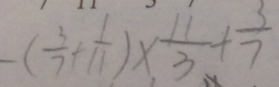
- ( \frac { 3 } { 7 } + \frac { 1 } { 1 1 } ) \times \frac { 1 1 } { 3 } + \frac { 3 } { 7 }